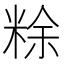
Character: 𥺌